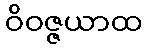
ဝိဝဇ္ဇယာထ